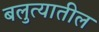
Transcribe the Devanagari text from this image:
बलुत्यातील